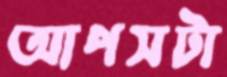
আপসটা